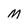
Character: M